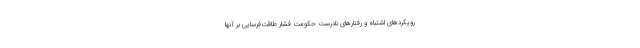
رویکردهای اشتباه و رفتارهای نادرست حکومت فشار طاقت‌فرسایی بر آنها